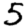
Digit: 5